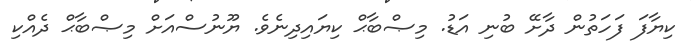
ކިޔާފަ ފަހަތުން ދާށޭ ބުނި އަޑު. މިޞްބާޙް ކިޔައިދިނެވެ. ޔޫނުސްއަށް މިޞްބާޙް ދެއްކި